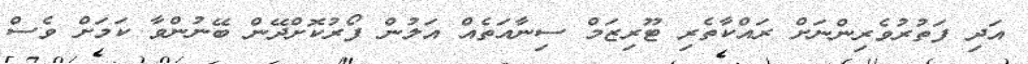
އަދި ފަތުރުވެރިންނަށް ރައްކާތެރި ޓޫރިޒަމް ސިނާއަތެއް އަލުން ފޯރުކޮށްދޭން ބޭނުންވާ ކަމަށް ވެސް